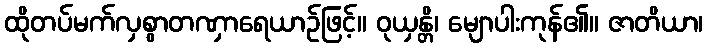
ထိုတပ်မက်လှစွာတဏှာရေယာဉ်ဖြင့်။ ဝုယှန္တိ၊ မျောပါးကုန်၏။ ဇာတိယာ၊